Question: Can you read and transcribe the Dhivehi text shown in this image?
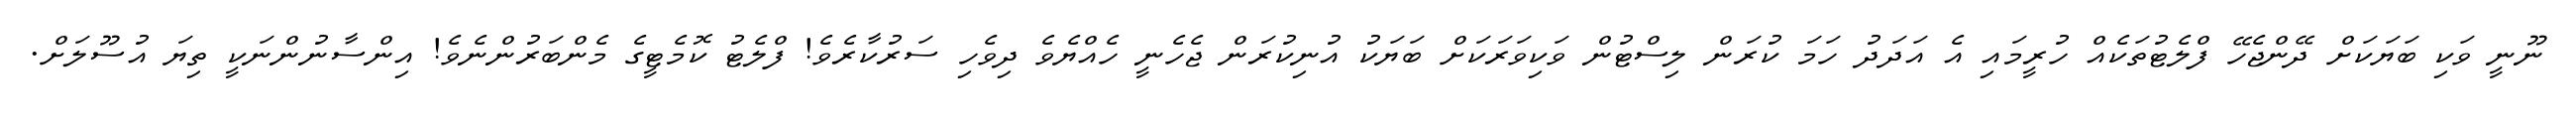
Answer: ނޫނީ ވަކި ބަޔަކަށް ދޭންޖެހޭ ފްލެޓުތަކެއް ހުރީމައި އެ އަދަދު ހަމަ ކުރަން ލިސްޓުން ވަކިވަރަކަށް ބަޔަކު އުނިކުރަން ޖެހެނީ ހެއްޔެވެ ދިވެހި ސަރުކާރެވެ! ފްލެޓު ކޮމެޓީގެ މެންބަރުންނެވެ! އިންސާނުންނަކީ ތިޔަ އުސޫލަށް.